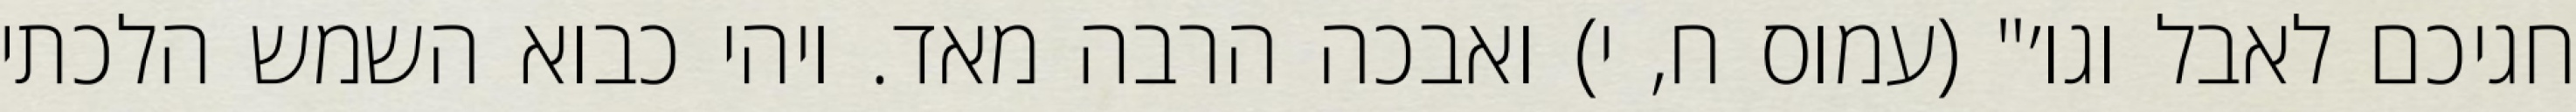
חגיכם לאבל וגו׳" (עמוס ח, י) ואבכה הרבה מאד. ויהי כבוא השמש הלכתי